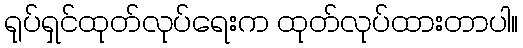
ရုပ်ရှင်ထုတ်လုပ်ရေးက ထုတ်လုပ်ထားတာပါ။